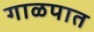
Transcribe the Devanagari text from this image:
गाळपात